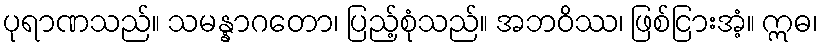
ပုရာဏသည်။ သမန္နာဂတော၊ ပြည့်စုံသည်။ အဘဝိဿ၊ ဖြစ်ငြားအံ့။ ဣဓ၊